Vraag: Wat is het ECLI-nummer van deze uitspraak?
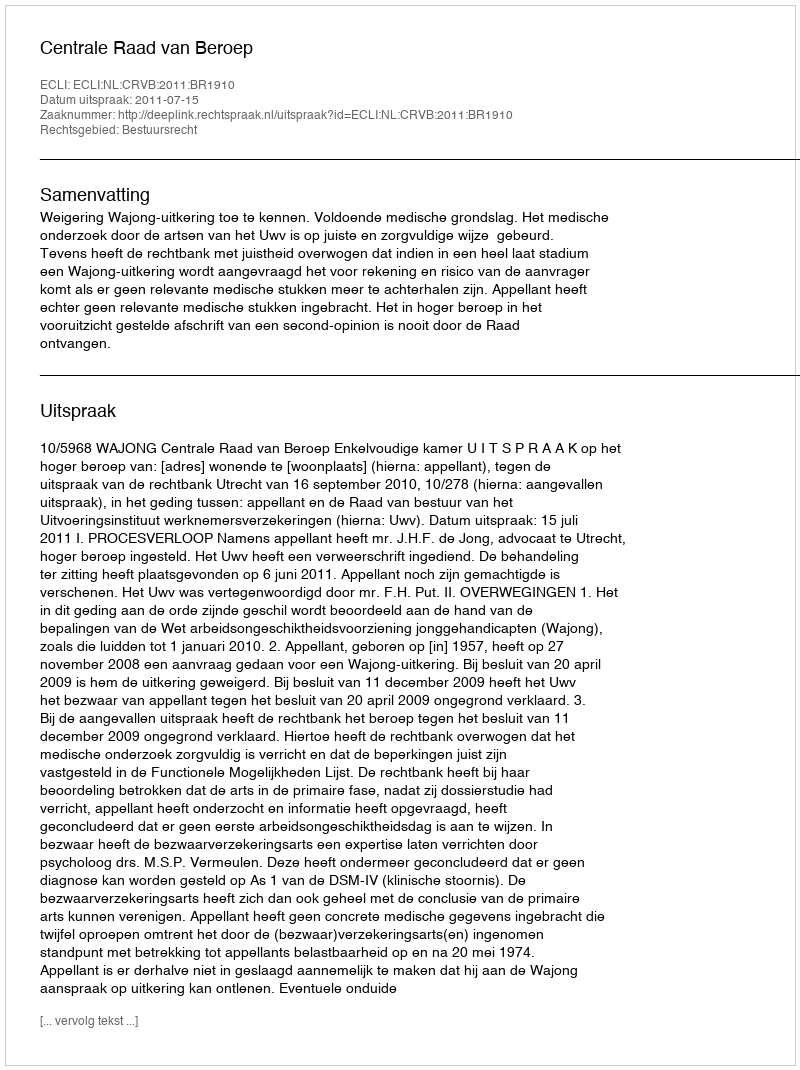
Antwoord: ECLI:NL:CRVB:2011:BR1910